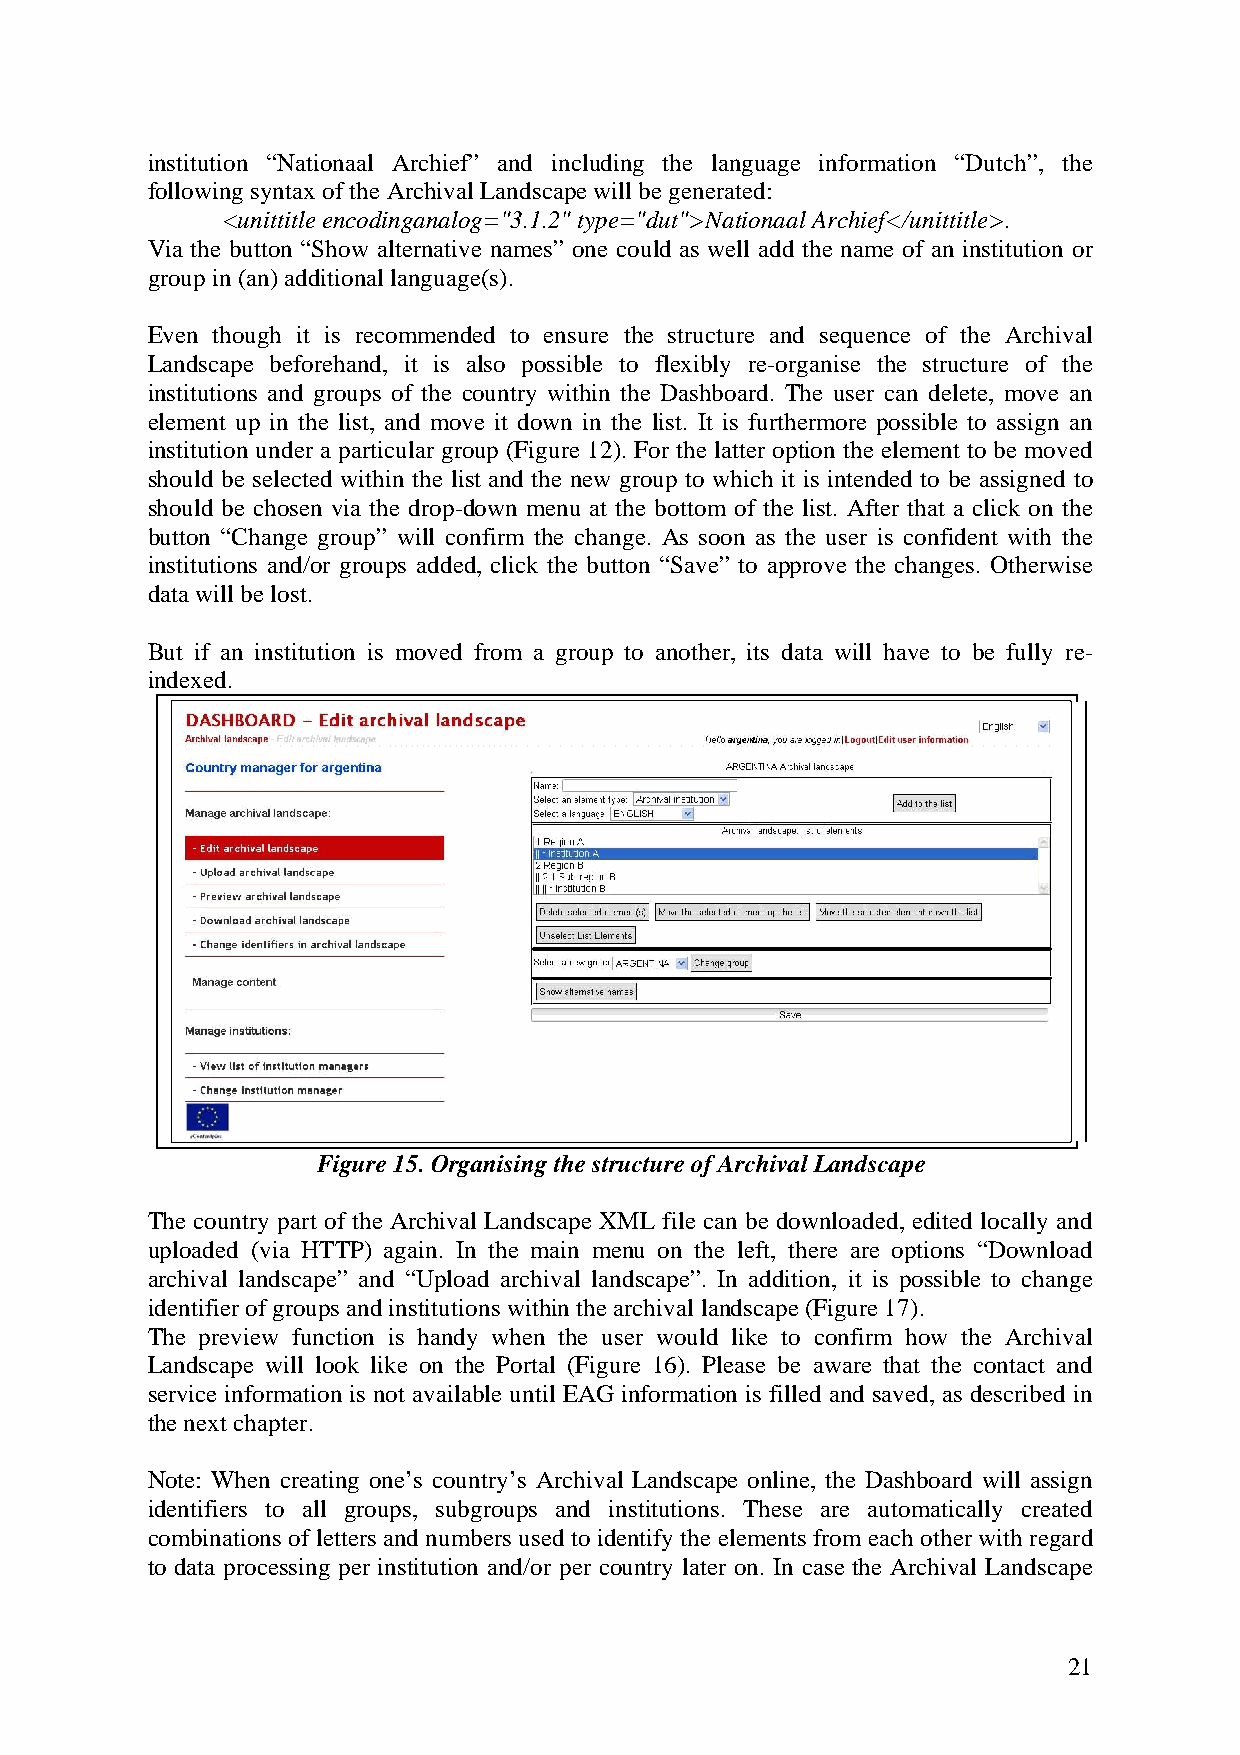
institution “Nationaal Archief” and including the language information “Dutch”, the
 following syntax of the Archival Landscape will be generated:
 <unittitle encodinganalog="3.1.2" type="dut">Nationaal Archief</unittitle>.
 Via the button “Show alternative names” one could as well add the name of an institution or
 group in (an) additional language(s).
 Even though it is recommended to ensure the structure and sequence of the Archival
 Landscape beforehand, it is also possible to flexibly re-organise the structure of the
 institutions and groups of the country within the Dashboard. The user can delete, move an
 element up in the list, and move it down in the list. It is furthermore possible to assign an
 institution under a particular group (Figure 12). For the latter option the element to be moved
 should be selected within the list and the new group to which it is intended to be assigned to
 should be chosen via the drop-down menu at the bottom of the list. After that a click on the
 button “Change group” will confirm the change. As soon as the user is confident with the
 institutions and/or groups added, click the button “Save” to approve the changes. Otherwise
 data will be lost.
 But if an institution is moved from a group to another, its data will have to be fully re-
 indexed.
 Figure 15. Organising the structure of Archival Landscape
 The country part of the Archival Landscape XML file can be downloaded, edited locally and
 uploaded (via HTTP) again. In the main menu on the left, there are options “Download
 archival landscape” and “Upload archival landscape”. In addition, it is possible to change
 identifier of groups and institutions within the archival landscape (Figure 17).
 The preview function is handy when the user would like to confirm how the Archival
 Landscape will look like on the Portal (Figure 16). Please be aware that the contact and
 service information is not available until EAG information is filled and saved, as described in
 the next chapter.
 Note: When creating one’s country’s Archival Landscape online, the Dashboard will assign
 identifiers to all groups, subgroups and institutions. These are automatically created
 combinations of letters and numbers used to identify the elements from each other with regard
 to data processing per institution and/or per country later on. In case the Archival Landscape
 21